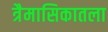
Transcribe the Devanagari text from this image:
त्रैमासिकातला